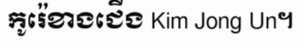
កូរ៉េខាងជើង Kim Jong Un។